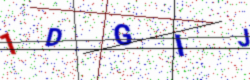
Text: 1DGIJ